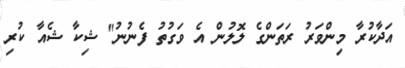
އަދާކުރާ މިންވަރު ރަތަންގެ ލޮލުން އެ ވަގުތު ފެނުނު" ޝިކާ ޝެއާ ކުރި